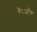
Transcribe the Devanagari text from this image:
है।ऑफ